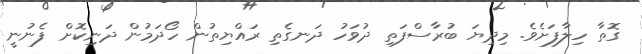
ގޮތާ ހިލާފަށެވެ. މިދިޔަ ބުރާސްފަތި ދުވަހު ދަނގެތި ރައްޔިތުން ހޯދަމުން ދަނިކޮށް ފެނުނީ